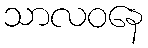
သာလဝနေ